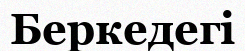
Беркедегі